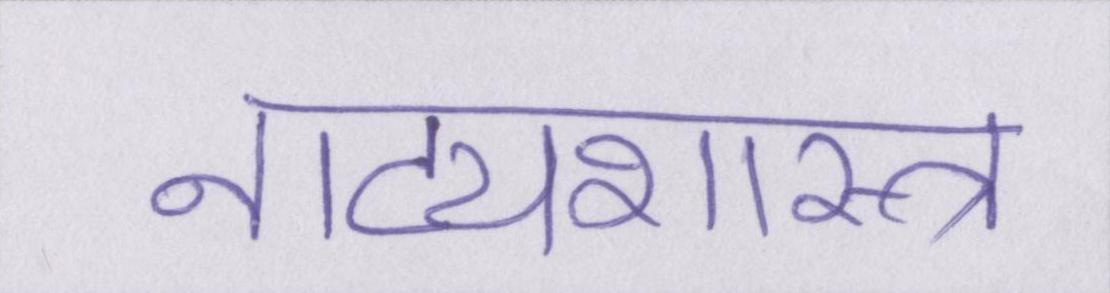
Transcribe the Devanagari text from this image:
नाट्यशास्त्र